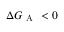
\Delta G _ { \mathrm { ~ A ~ } } < 0